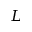
L